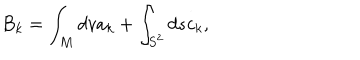
LaTeX: B _ { k } = \int _ { M } d v a _ { k } + \int _ { S ^ { 2 } } d s c _ { k } ,